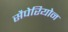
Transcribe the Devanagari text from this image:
सैपेरियोन